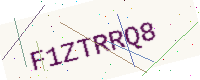
Text: F1ZTRRQ8